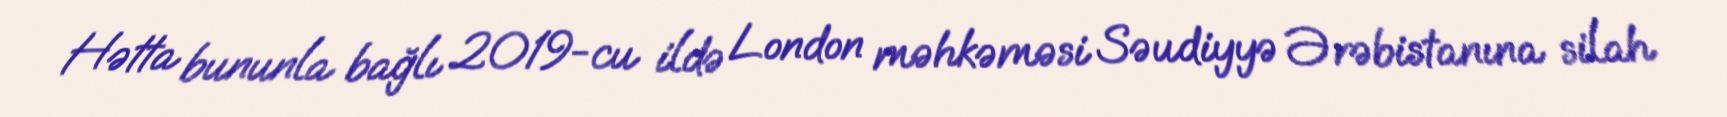
Hətta bununla bağlı 2019-cu ildə London məhkəməsi Səudiyyə Ərəbistanına silah